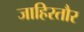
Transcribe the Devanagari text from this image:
जाहिरतौर